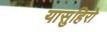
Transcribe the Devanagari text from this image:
यासुहिरो